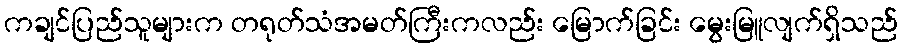
ကချင်ပြည်သူများက တရုတ်သံအမတ်ကြီးကလည်း မြောက်ခြင်း မွေးမြူလျက်ရှိသည်